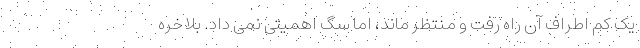
یک کم اطراف آن راه رفت و منتظر ماند، اما سگ اهمیتی نمی داد. بلاخره